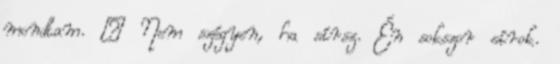
mondtam. – Nem szégyen, ha sírsz. Én sokszor sírok.